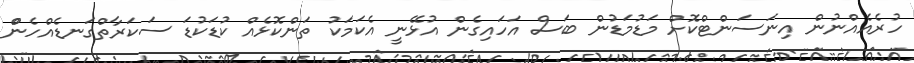
ހުރެއެއްނުން އިނަސަންޓްކޮށް މަޑުމަޑުން ބަސް އަހައިގެން އުޅޭނީ އެކަމަކު ތަންކޮޅެއް ކުޑަކުޑަ ސަކަރާތްގަނޑެއްހެންް